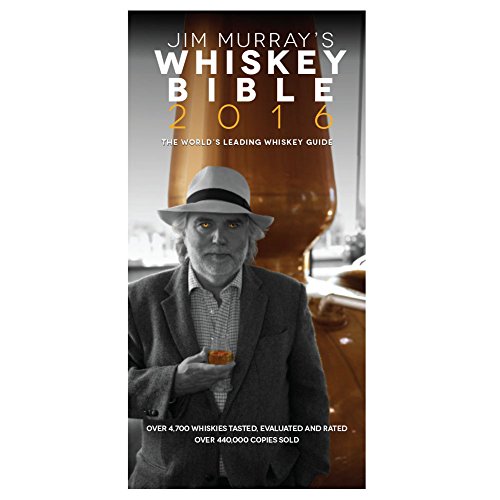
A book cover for Jim Murray's Whiskey Bible 2016 (Jim Murray's Whisky Bible); Jim Murray; Cookbooks, Food & Wine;